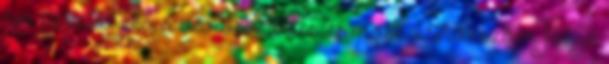
éve szocialista a városvezetés, és most a Fideszben folyó